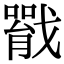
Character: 𢨐